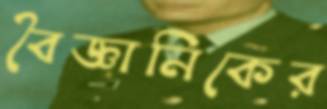
বৈজ্ঞানিকের